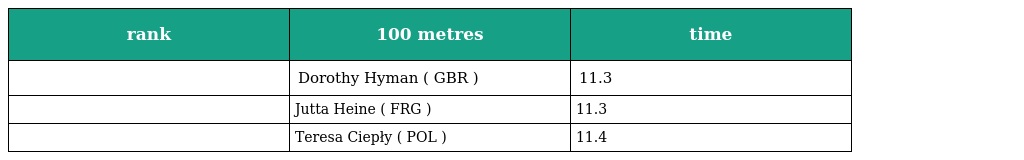
| rank | 100 metres | time |
 | --- | --- | --- |
 |  | Dorothy Hyman ( GBR ) | 11.3 |
 |  | Jutta Heine ( FRG ) | 11.3 |
 |  | Teresa Ciepły ( POL ) | 11.4 |